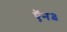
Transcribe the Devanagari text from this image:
ऍन३